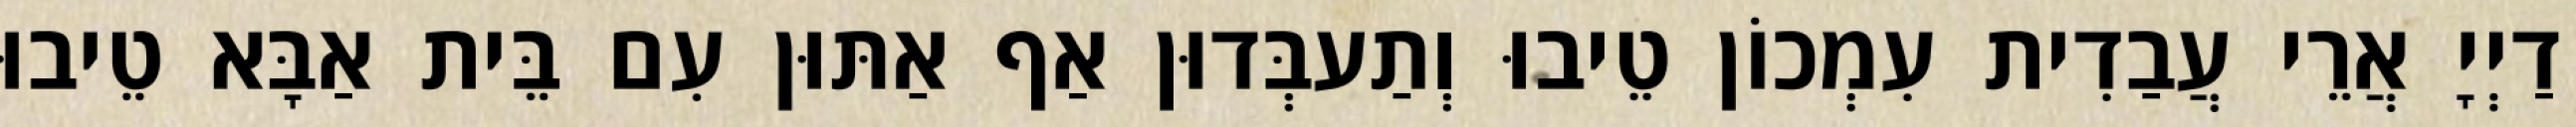
דַיְיָ אֲרֵי עֲבַדִית עִמְכוֹן טֵיבוּ וְתַעבְּדוּן אַף אַתּוּן עִם בֵּית אַבָּא טֵיבוּ